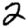
Digit: 2